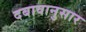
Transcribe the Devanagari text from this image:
दबावानुसार